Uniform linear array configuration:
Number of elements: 32
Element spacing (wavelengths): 0.5
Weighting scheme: hann
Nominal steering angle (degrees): -60
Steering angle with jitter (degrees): -59.899
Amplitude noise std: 0.05
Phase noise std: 0.05

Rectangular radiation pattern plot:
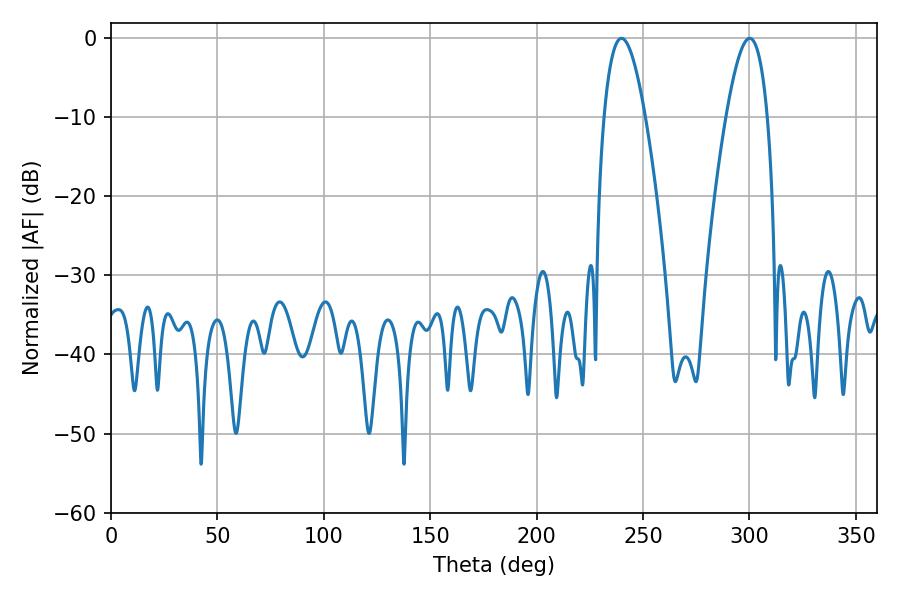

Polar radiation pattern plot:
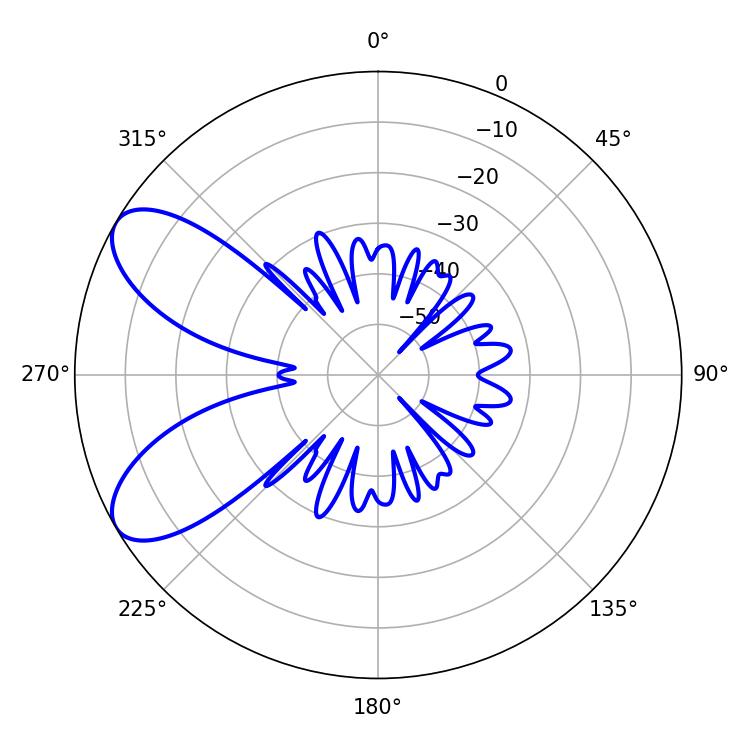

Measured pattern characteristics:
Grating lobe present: FALSE
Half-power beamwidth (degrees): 10.62
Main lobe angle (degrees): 239.94